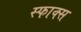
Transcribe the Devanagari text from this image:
स्फाक्स